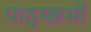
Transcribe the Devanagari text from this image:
पाठ्य्क्रमों